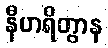
နီဟရိတွာန